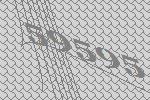
59595